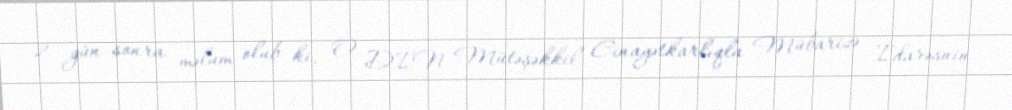
2 gün sonra məlum olub ki, O DİN Mütəşəkkil Cinayətkarlıqla Mübarizə İdarəsnin